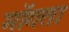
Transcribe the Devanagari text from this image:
माॅगता